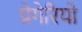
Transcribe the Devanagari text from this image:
ग्रेगेरियो